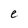
Character: e